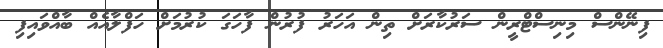
ފިނޭންސް މިނިސްޓްރީން ސަރުކާރަށް ތިން އަހަރު ފުރުން ފާހަގަ ކުރުމަށް ހަފްލާއެއް ބާއްވައިފި